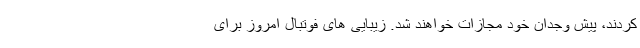
کردند، پیش وجدان خود مجازات خواهند شد. زیبایی های فوتبال امروز برای